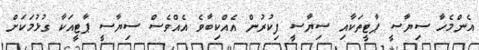
އެންމެހާ ސިޔާސީ ޕާޓީތަކާއި ސިޔާސީ ފިކުރުން އެއްކިބާވެ އެއްވެސް ސިޔާސީ ޕާޓީއަކާ ގުޅުމަކަށް